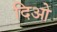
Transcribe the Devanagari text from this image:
दिओ